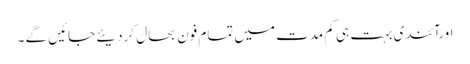
اورآئندی بہت ہی کم مدت میں تمام فون بحال کردیئے جائیں گے ۔